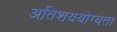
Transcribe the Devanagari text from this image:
अतिशययोग्यता